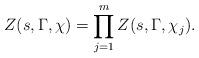
LaTeX: \begin{align*} Z(s,\Gamma,\chi) = \prod_{j=1}^m Z(s,\Gamma,\chi_j).\end{align*}